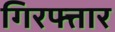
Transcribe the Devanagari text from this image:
गिरफ्त्तार